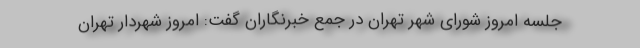
جلسه امروز شورای شهر تهران در جمع خبرنگاران گفت: امروز شهردار تهران